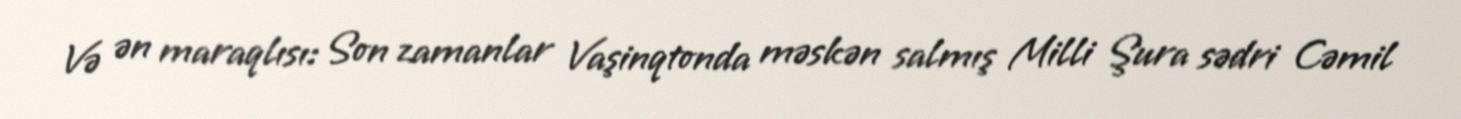
Və ən maraqlısı: Son zamanlar Vaşinqtonda məskən salmış Milli Şura sədri Cəmil